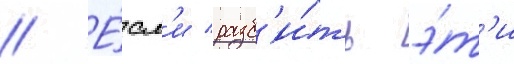
// Е́сл'и разб'и́ть э́т'и